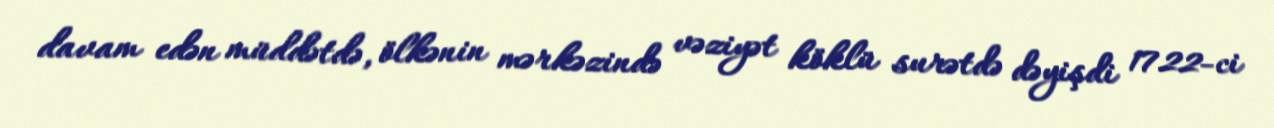
davam edən müddətdə, ölkənin mərkəzində vəziyət köklü surətdə dəyişdi 1722-ci